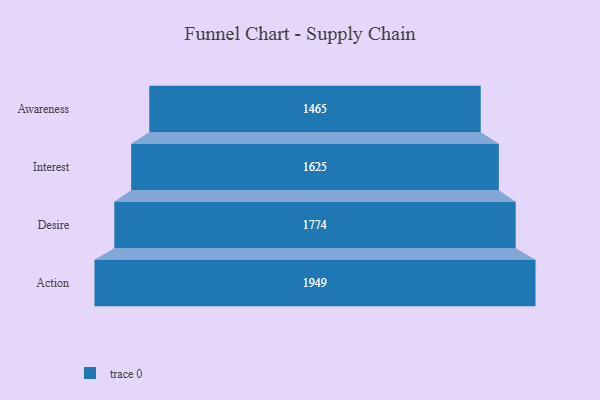
{"axis": {"x": "Stage", "y": "Value"}, "legend": [""], "data": [{"x": "Awareness", "y": 1465.0, "type": ""}, {"x": "Interest", "y": 1625.0, "type": ""}, {"x": "Desire", "y": 1774.0, "type": ""}, {"x": "Action", "y": 1949.0, "type": ""}]}